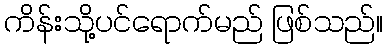
ကိန်းသို့ပင်ရောက်မည် ဖြစ်သည်။